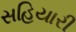
સહિયારી